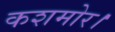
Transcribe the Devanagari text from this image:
कशमोर।